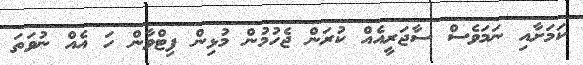
ކަމަށާއި ނަމަވެސް ސާޖަރީއެއް ކުރަން ޖެހުމުން މުޅިން ފިޓްވާން ހަ އެއް ނުވަތަ